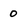
Character: 0